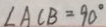
\angle A C B = 9 0 ^ { \circ }